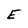
Character: E